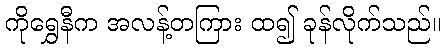
ကိုရွှေနီက အလန့်တကြား ထ၍ ခုန်လိုက်သည်။